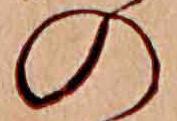
の